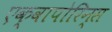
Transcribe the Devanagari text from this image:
एक्वापोरिन्स